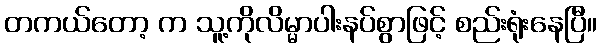
တကယ်တော့ က သူ့ကိုလိမ္မာပါးနပ်စွာဖြင့် စည်းရုံးနေပြီ။